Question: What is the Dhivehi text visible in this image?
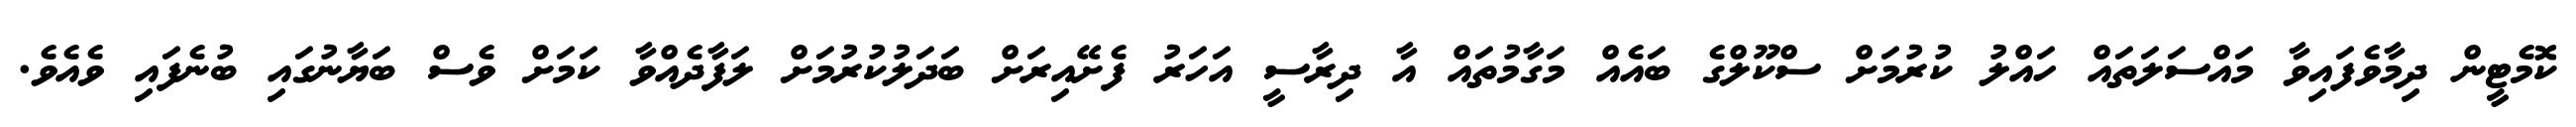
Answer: ކޮމެޓީން ދިމާވެފައިވާ މައްސަލަތައް ހައްލު ކުރުމަށް ސްކޫލްގެ ބައެއް މަގާމުތައް އާ ދިރާސީ އަހަރު ފެށޭއިރަށް ބަދަލުކުރުމަށް ލަފާދެއްވާ ކަމަށް ވެސް ބަޔާނުގައި ބުނެފައި ވެއެވެ.